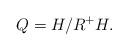
LaTeX: \begin{align*}Q = H/ R^+H.\end{align*}